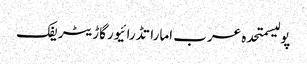
پولیسمتحدہ عرب اماراتڈرائیورگاڑیٹریفک